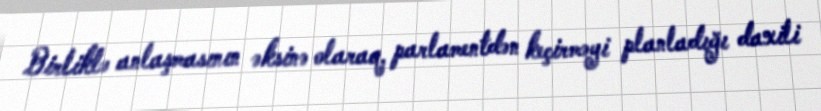
Birliklə anlaşmasının əksinə olaraq, parlamentdən keçirməyi planladığı daxili